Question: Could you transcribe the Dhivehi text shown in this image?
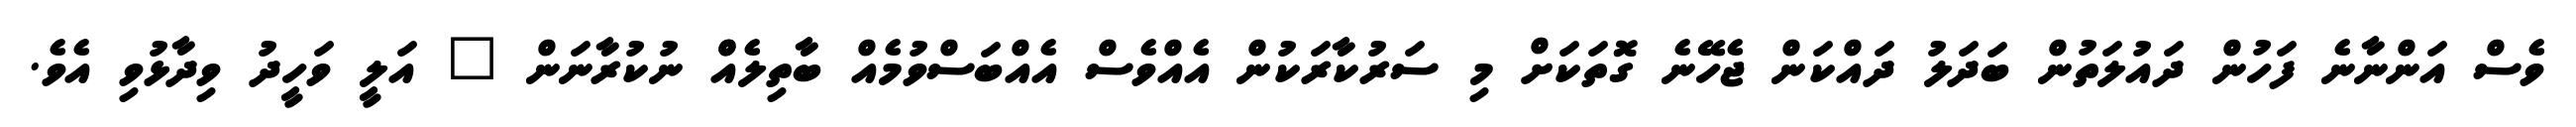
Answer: ވެސް އަންނާނެ ފަހުން ދައުލަތުން ބަދަލު ދައްކަން ޖެހޭނެ ގޮތަކަށް މި ސަރުކާރަކުން އެއްވެސް އެއްބަސްވުމެއް ބާތިލެއްް ނުކުރާނަން " އަލީ ވަހީދު ވިދާޅުވި އެވެ.